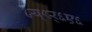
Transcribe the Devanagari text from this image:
८य्९र्६ए६